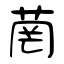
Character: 菵